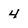
Character: 4